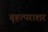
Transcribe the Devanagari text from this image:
बृहत्पराशर